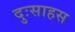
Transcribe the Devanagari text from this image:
दुःसाहस